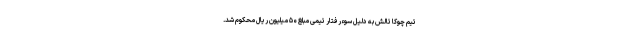
تیم چوکا تالش به دلیل سوءرفتار تیمی مبلغ ۵۰ میلیون ریال محکوم شد.